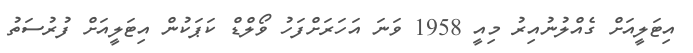
އިޓަލީއަށް ގެއްލުނުއިރު މިއީ 1958 ވަނަ އަހަރަށްފަހު ވޯލްޑް ކަޕަކުން އިޓަލީއަށް ފުރުސަތު